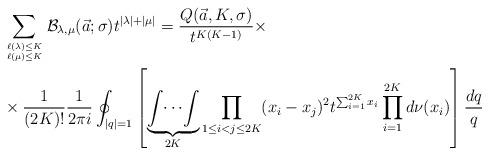
LaTeX: \begin{align*}&\sum_{\ell(\lambda)\leq K\atop \ell(\mu)\leq K}{\mathcal B}_{\lambda, \mu}(\vec a;\sigma)t^{|\lambda|+|\mu|}=\frac{Q(\vec a, K, \sigma)}{t^{K(K-1)}} \times\\&\times \frac{1}{(2K)!}\frac{1}{2\pi i} \oint_{|q|=1}\left[\underbrace{\int\!\cdots\! \int}_{2K} \prod_{1\leq i<j\leq 2K}(x_i-x_j)^{2}t^{\sum_{i=1}^{2K}{x_i}}\prod_{i=1}^{2K}d\nu(x_i)\right]\frac{dq}{q}\end{align*}